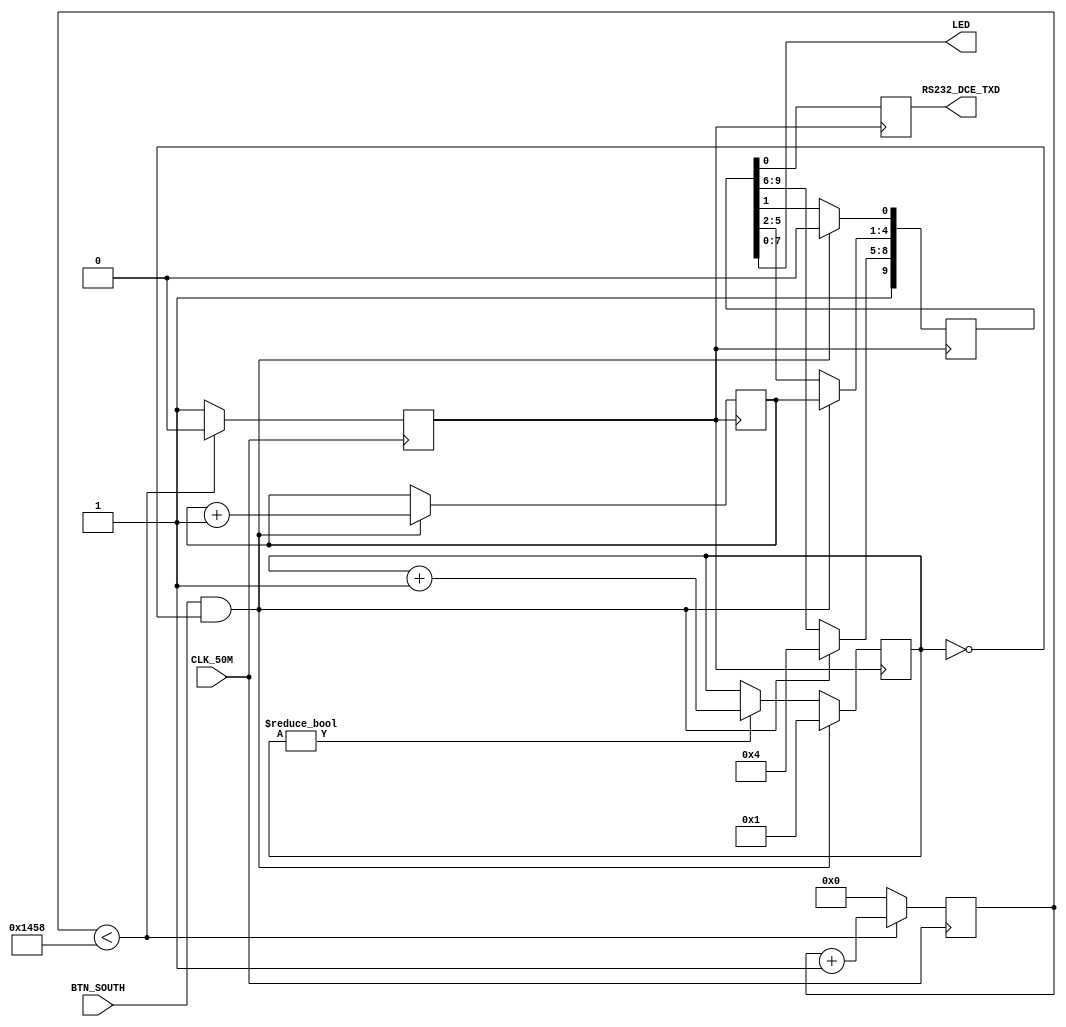
`timescale 1ns / 1ps

module tx(CLK_50M, RS232_DCE_TXD, LED, BTN_SOUTH);

	input CLK_50M;
	output RS232_DCE_TXD;
	output [7:0] LED;
	input BTN_SOUTH;

	wire reset;
	assign reset = BTN_SOUTH;
	reg reset_pushed;

	reg txd_out;
	assign RS232_DCE_TXD = txd_out;

	reg [15:0] clock_count;
	reg serclk;

	reg [3:0] ch;

	reg [9:0] buffer;
	reg [3:0] sendcnt;
	assign LED[7:0] = buffer[7:0];

always @(posedge CLK_50M)
begin
	if (clock_count < 5208)
	begin
		serclk <= 1'b0;
		clock_count <= clock_count + 1;
	end
	else
	begin
		serclk <= 1'b1;
		clock_count <= 0;
	end
end

always @(posedge serclk)
begin
	txd_out <= buffer[0];
	if ((reset == 1'b1) && (sendcnt == 0))
	begin
		buffer[0]   <= 1'b0;
		buffer[8:5] <= 4'h4;
		buffer[4:1] <= ch;
		buffer[9]   <= 1'b1;
		ch          <= ch + 1;
		sendcnt     <= 1;
	end
	else
	begin
		if (sendcnt != 0)
			sendcnt <= sendcnt + 1;
		buffer[8:0] <= buffer[9:1];
		buffer[9]   <= 1'b1;
	end
end

endmodule